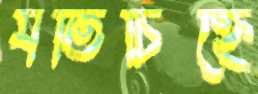
যতিচিহ্নে